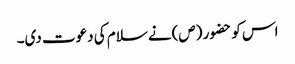
اس کو حضو ر (ص)نے سلام کی دعوت دی۔